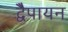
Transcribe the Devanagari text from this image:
द्वेैपायन